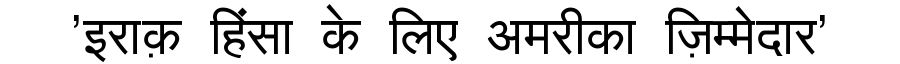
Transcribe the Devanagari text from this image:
'इराक़ हिंसा के लिए अमरीका ज़िम्मेदार'